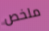
ملخص